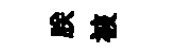
朕被